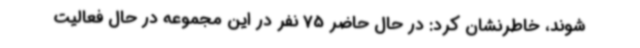
شوند، خاطرنشان کرد: در حال حاضر 75 نفر در این مجموعه در حال فعالیت